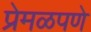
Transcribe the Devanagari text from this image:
प्रेमळपणे